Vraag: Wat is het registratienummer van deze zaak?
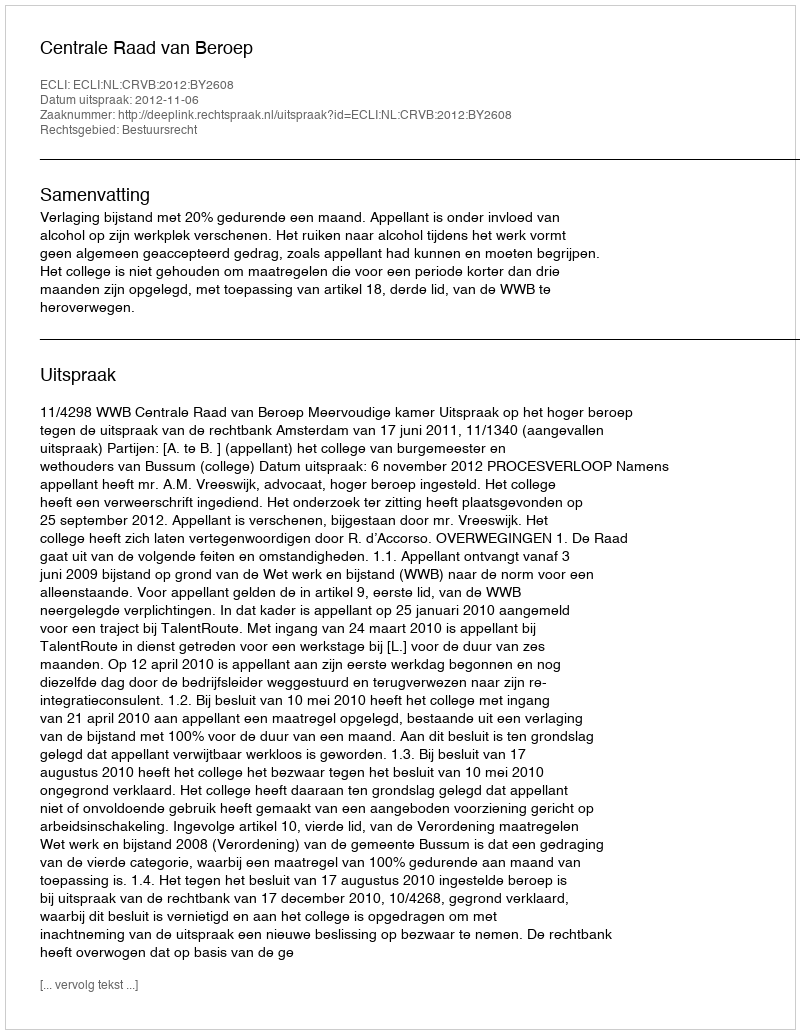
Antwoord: http://deeplink.rechtspraak.nl/uitspraak?id=ECLI:NL:CRVB:2012:BY2608